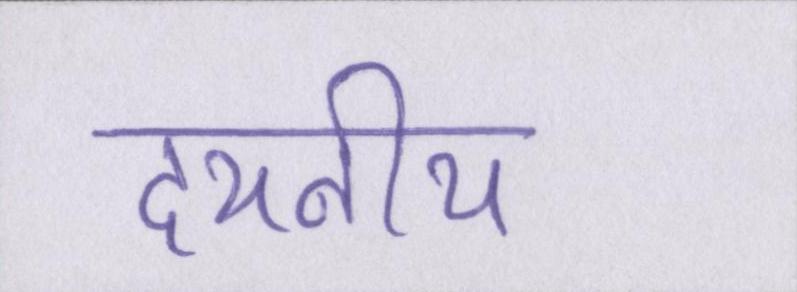
दयनीय